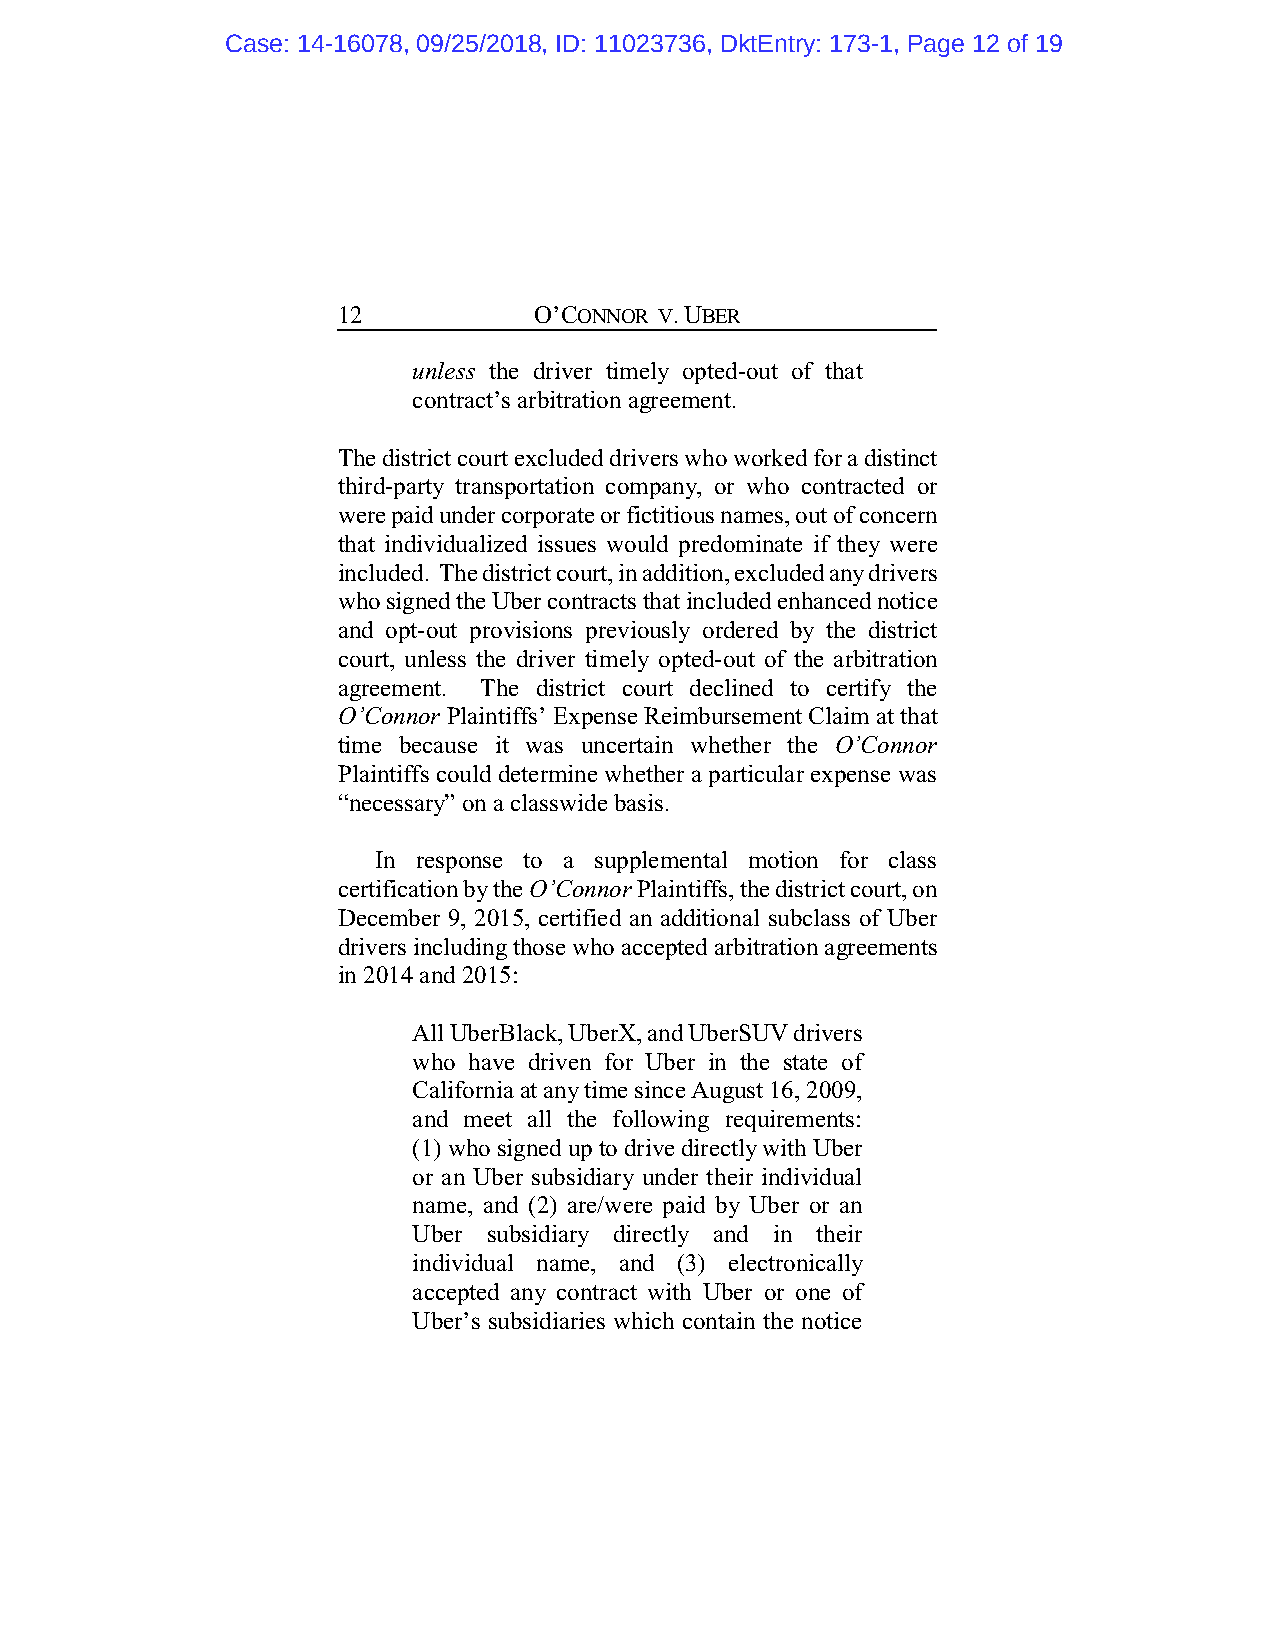
Case: 14-16078, 09/25/2018, ID: 11023736, DktEntry: 173-1, Page 12 of 19
 12           O’CONNOR V. UBER
 unless the driver timely opted-out of that
 contract’s arbitration agreement.
 The district court excluded drivers who worked for a distinct
 third-party transportation company, or who contracted or
 were paid under corporate or fictitious names, out of concern
 that individualized issues would predominate if they were
 included. The district court, in addition, excluded any drivers
 who signed the Uber contracts that included enhanced notice
 and opt-out provisions previously ordered by the district
 court, unless the driver timely opted-out of the arbitration
 agreement. The district court declined to certify the
 O’Connor Plaintiffs’ Expense Reimbursement Claim at that
 time because it was uncertain whether the O’Connor
 Plaintiffs could determine whether a particular expense was
 “necessary” on a classwide basis.
 In response to a supplemental motion for class
 certification by the O’Connor Plaintiffs, the district court, on
 December 9, 2015, certified an additional subclass of Uber
 drivers including those who accepted arbitration agreements
 in 2014 and 2015:
 All UberBlack, UberX, and UberSUV drivers
 who have driven for Uber in the state of
 California at any time since August 16, 2009,
 and meet all the following requirements:
 (1) who signed up to drive directly with Uber
 or an Uber subsidiary under their individual
 name, and (2) are/were paid by Uber or an
 Uber subsidiary directly and in their
 individual name, and (3) electronically
 accepted any contract with Uber or one of
 Uber’s subsidiaries which contain the notice